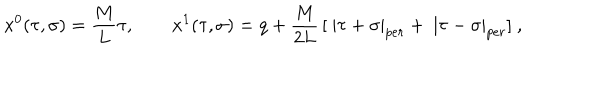
x ^ { 0 } ( \tau , \sigma ) = \frac M L \tau , \quad \quad x ^ { 1 } ( \tau , \sigma ) = q + \frac M { 2 L } \, [ \ | \tau + \sigma | _ { p e r } + \ | \tau - \sigma | _ { p e r } ] \ ,